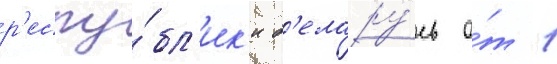
р'еспу́бл'ик'и б'елару́сь о́т 1